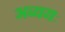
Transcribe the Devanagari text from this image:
अव्ययः